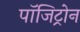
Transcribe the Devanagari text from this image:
पॉजिट्रोन